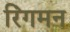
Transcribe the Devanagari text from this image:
रिंगमन